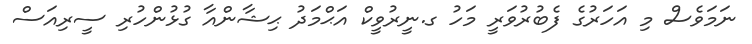
ނަމަވެސް މި އަހަރުގެ ފެބުރުވަރީ މަހު ގ.ނީރުވީކް އަޙްމަދު ޙިޝާންއާ ގުޅުންހުރި ސީރިއަސް